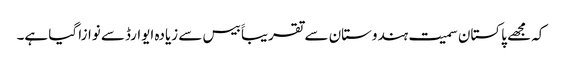
کہ مجھے پاکستان سمیت ہندوستان سے تقریباََ بیس سے زیادہ ایوارڈسے نوازا گیا ہے۔